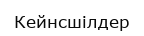
Кейнсшілдер